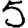
Digit: 5